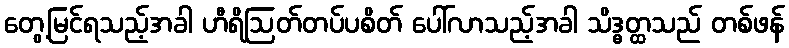
တွေ့မြင်ရသည့်အခါ ဟီရိဩတ်တပ်ပစိတ် ပေါ်လာသည့်အခါ သိဒ္ဓတ္ထသည် တစ်ဖန်